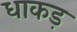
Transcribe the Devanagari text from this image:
धाकड़